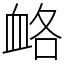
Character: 衉